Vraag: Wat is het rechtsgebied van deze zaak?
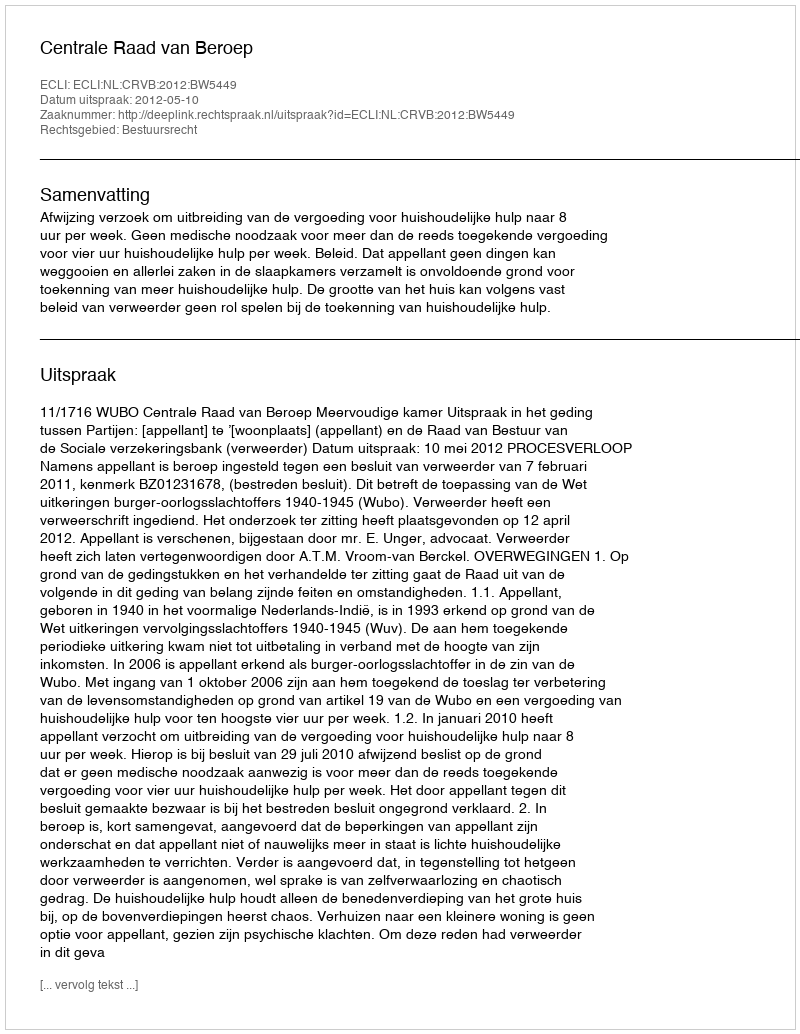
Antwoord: Bestuursrecht